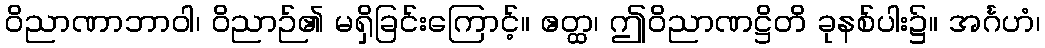
ဝိညာဏာဘာဝါ၊ ဝိညာဉ်၏ မရှိခြင်းကြောင့်။ ဧတ္ထ၊ ဤဝိညာဏဋ္ဌိတိ ခုနစ်ပါး၌။ အင်္ဂဟံ၊